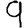
Digit: 9